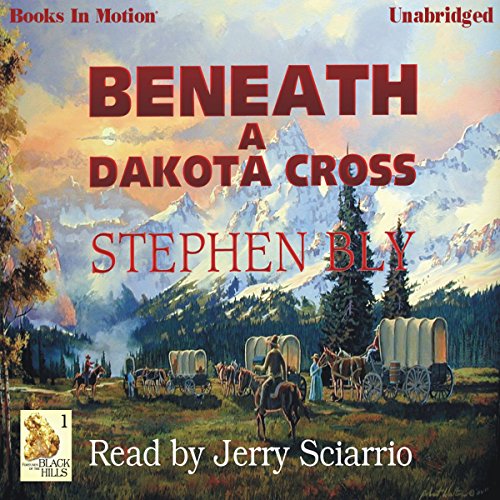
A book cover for Beneath A Dakota Cross: Fortunes of the Black Hills, Book 1; Stephen Bly; Religion & Spirituality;